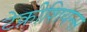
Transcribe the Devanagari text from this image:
टेक्नीशियन्स